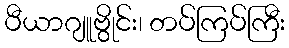
ပီယာဂျူဗွိုင်း၊ တပ်ကြပ်ကြီး